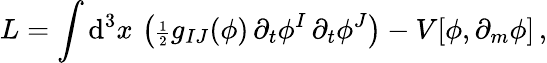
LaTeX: L=\int\mathrm{d}^{3}x\, \left({\scriptstyle{\frac{1}{2}}}g_{IJ}(\phi)\, \partial_{t}\phi^{I}\, \partial_{t}\phi^{J}\right)-V[\phi,\partial_{m}\phi]\, ,